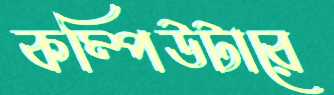
কম্পিউটারে